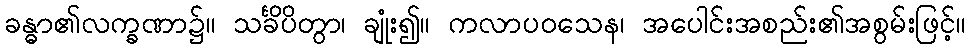
ခန္ဓာ၏လက္ခဏာ၌။ သင်္ခိပိတွာ၊ ချုံး၍။ ကလာပဝသေန၊ အပေါင်းအစည်း၏အစွမ်းဖြင့်။